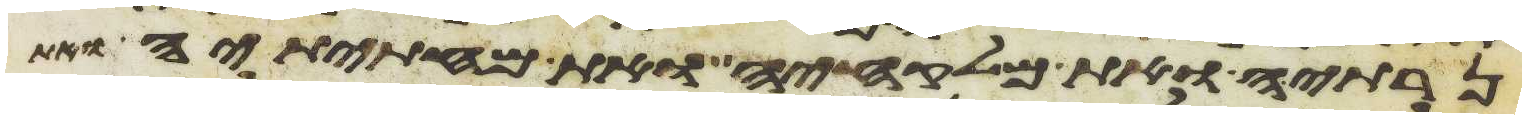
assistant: נרתיה ואת מלקחיה ואת מחתיתיה ואת